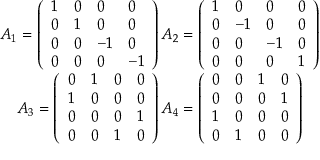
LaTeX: \begin{array} { c } { { A _ { 1 } = \left( \begin{array} { l l l l } { { 1 } } & { { 0 } } & { { 0 } } & { { 0 } } \\ { { 0 } } & { { 1 } } & { { 0 } } & { { 0 } } \\ { { 0 } } & { { 0 } } & { { - 1 } } & { { 0 } } \\ { { 0 } } & { { 0 } } & { { 0 } } & { { - 1 } } \end{array} \right) A _ { 2 } = \left( \begin{array} { l l l l } { { 1 } } & { { 0 } } & { { 0 } } & { { 0 } } \\ { { 0 } } & { { - 1 } } & { { 0 } } & { { 0 } } \\ { { 0 } } & { { 0 } } & { { - 1 } } & { { 0 } } \\ { { 0 } } & { { 0 } } & { { 0 } } & { { 1 } } \end{array} \right) } } \\ { { A _ { 3 } = \left( \begin{array} { l l l l } { { 0 } } & { { 1 } } & { { 0 } } & { { 0 } } \\ { { 1 } } & { { 0 } } & { { 0 } } & { { 0 } } \\ { { 0 } } & { { 0 } } & { { 0 } } & { { 1 } } \\ { { 0 } } & { { 0 } } & { { 1 } } & { { 0 } } \end{array} \right) A _ { 4 } = \left( \begin{array} { l l l l } { { 0 } } & { { 0 } } & { { 1 } } & { { 0 } } \\ { { 0 } } & { { 0 } } & { { 0 } } & { { 1 } } \\ { { 1 } } & { { 0 } } & { { 0 } } & { { 0 } } \\ { { 0 } } & { { 1 } } & { { 0 } } & { { 0 } } \end{array} \right) } } \end{array}